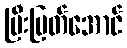
ပြီးပြတ်အောင်